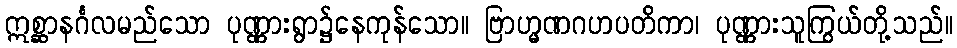
ဣစ္ဆာနင်္ဂလမည်သော ပုဏ္ဏားရွာ၌နေကုန်သော။ ဗြာဟ္မဏဂဟပတိကာ၊ ပုဏ္ဏားသူကြွယ်တို့သည်။